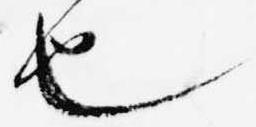
也